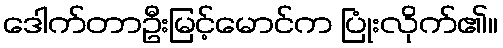
ဒေါက်တာဦးမြင့်မောင်က ပြုံးလိုက်၏။